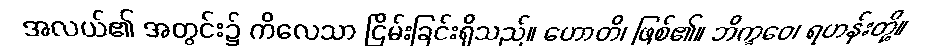
အလယ်၏ အတွင်း၌ ကိလေသာ ငြိမ်းခြင်းရှိသည်။ ဟောတိ၊ ဖြစ်၏။ ဘိက္ခဝေ၊ ရဟန်းတို့။